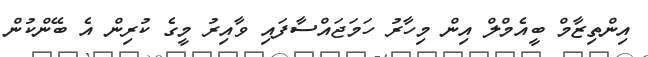
އިންތިޒާމް ބީއެމްލް އިން މިހާރު ހަމަޖައްސާފައި ވާއިރު މީގެ ކުރިން އެ ބޭންކުން